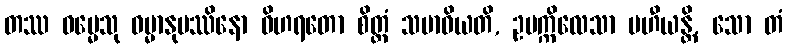
တဿ ဓမ္မေသု ဓမ္မာနုပဿိနော ဝိဟရတော စိတ္တံ သမာဓိယတိ, ဥပက္ကိလေသာ ပဟီယန္တိ, သော တံ